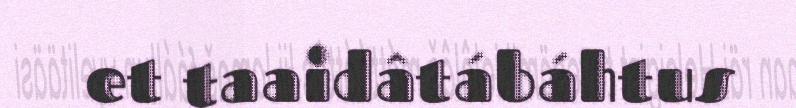
et taaidâtábáhtus